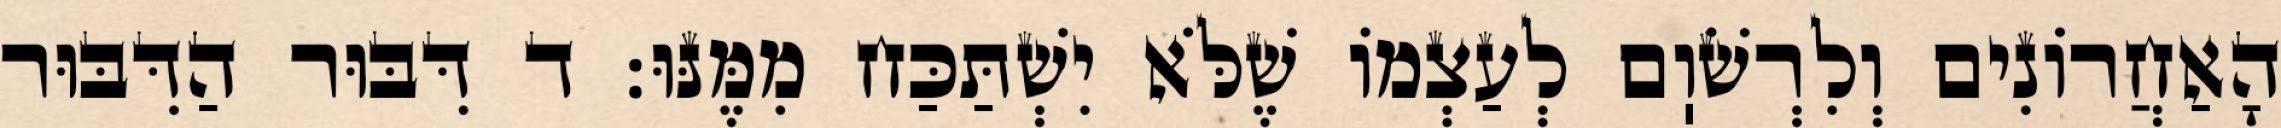
הָאַחֲרוֹנִים וְלִרְשֹׁוֽם לְעַצְמוֹ שֶׁלֹּא יִשְׁתַּכַּח מִמֶּנּוּ: ד דִּבּוּר הַדִּבּוּר